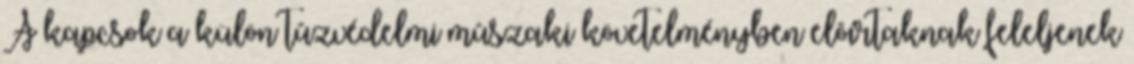
A kapcsok a külön tûzvédelmi mûszaki követelményben elõírtaknak feleljenek